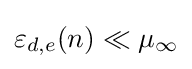
\varepsilon _{d,e}(n)\ll \mu _{\infty }